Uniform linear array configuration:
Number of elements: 8
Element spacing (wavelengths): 0.25
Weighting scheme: exponential
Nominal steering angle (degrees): -30
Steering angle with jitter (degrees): -31.123
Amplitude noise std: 0.05
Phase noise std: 0.05

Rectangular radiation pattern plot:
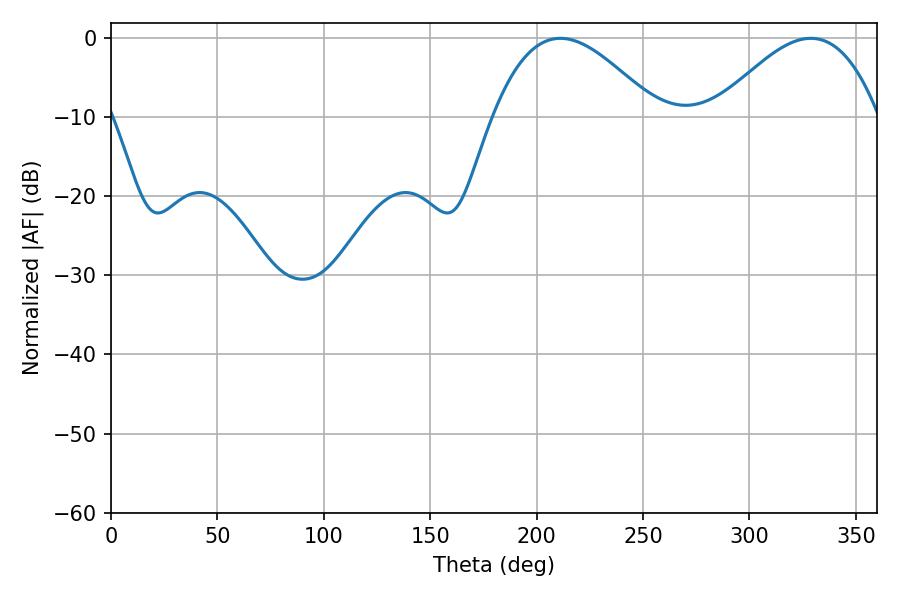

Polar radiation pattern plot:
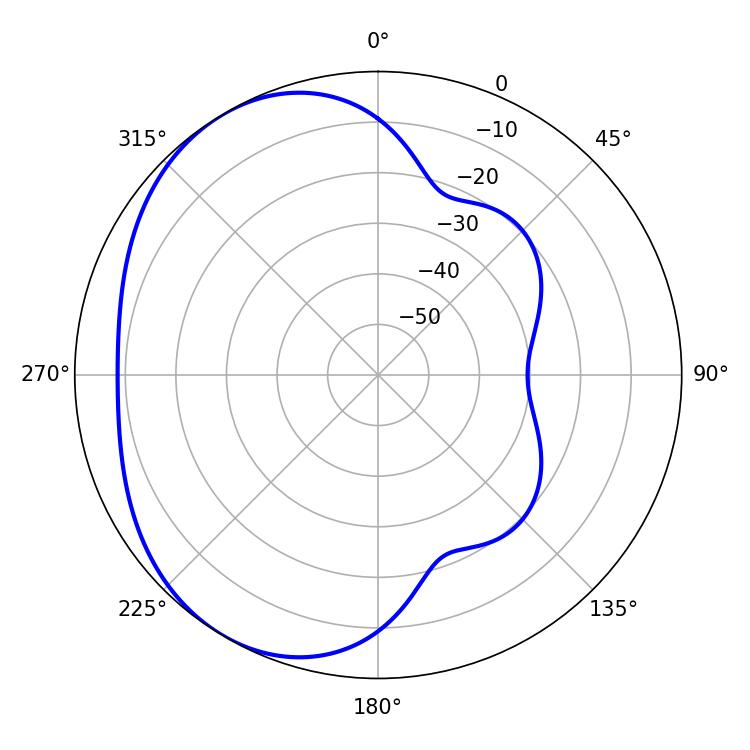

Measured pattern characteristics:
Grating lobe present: FALSE
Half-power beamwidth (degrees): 41.76
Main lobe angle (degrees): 211.14